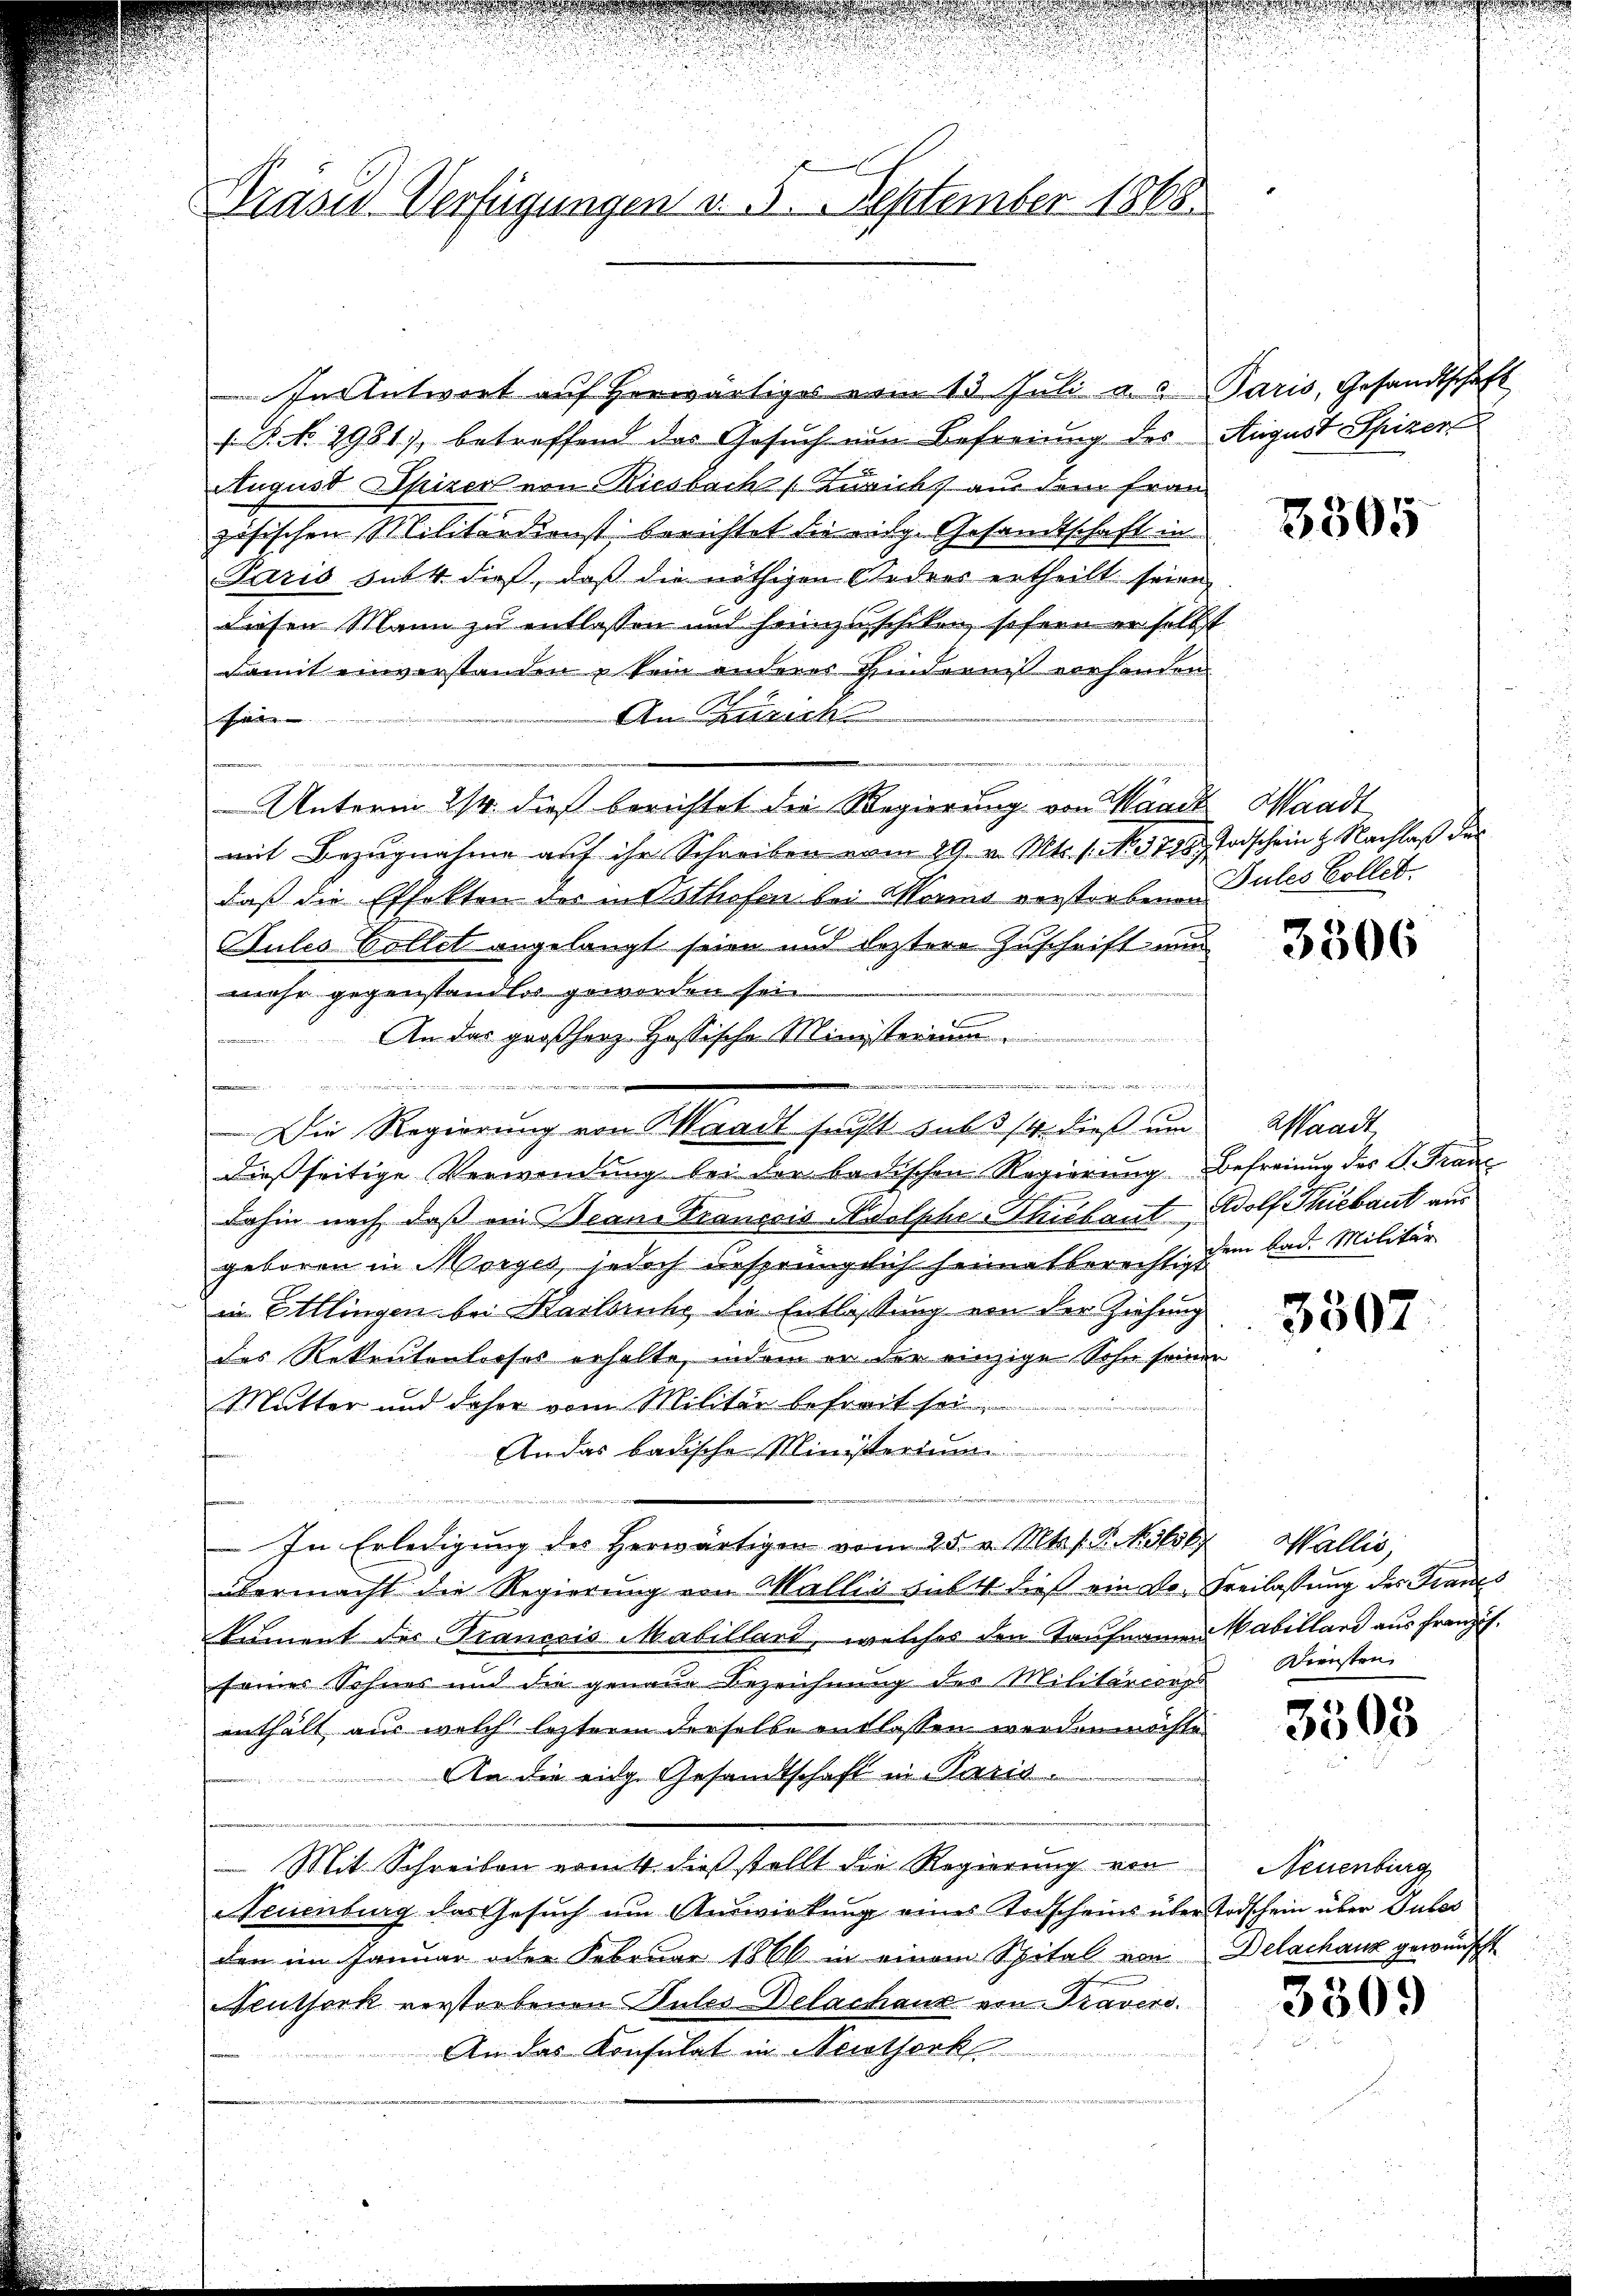
Prasis Verfügungen v. 5. September 1868

Die Regierung von Waadt sucht sub 14. dieß um

In Antwort auf herwärtiges vom 13. Juli u. Paris, Gesandtschaft
s P. No. 2981), betreffend das Gesuch von Befreiung des
August Spizer von Riesbach Zuricht aus dem Frau
zösischen Militärdienst berichtet die mitg. Gesandtschaft in
Paris sub 4 dieß, daß die nöthigen Gedres ertheilt seien,
diesen Mann zu entlassen und heimzuschiken, sofern er selbst
damit einverstanden u kein anderes Hinderniß vorhanden
An Zürich
F
Unterm 24. dieß berichtet die Regierung von Waadt, Waadt
mit Bezugnahme auf ihr Schreiben vom 29. v. Mts. s. No. 3728. Todschein H. Nachlaß der
daß die Effekten des in Osthofen bei Moris verstorbenen Pules Collet
Bules Collet angelangt seien und leztere Zuschrift und
mehr gegenstandlos geworden sein
An das großherz Hassische Ministerium
.
dießseitige Verwendung bei der badischen Regierung Befreiung des V. Traue
dahin nach daß ein Beans Francois Adolphe-Thibaut Wolf Thibaut aus
geboren in Morges, jedoch ursprünglich heimatberechtig im Bad. Militär
in Ettlingen bei Karlsruhe die Entlassung von der Ziehung
des Rekrutentrofes erhalte, indem er der einzige Sohn seiner
Mutter und daher vom Militär befreit sei
An das badische Ministerium
e
In Erledigung des herwärtigen vom 25. v. Mts. s. S. Kotof Wallis,
übermacht die Regierung von Wallis subt dieß ein Dr. Freilassung der Francs
kument des Traneris Mabillard, welches den Taufnamen
seines Sohnes und die genaue Bezeichnung des Militäriores Diensten
enthält aus welch lezteren derselbe entlassen werden möchte
An die eidg. Gesandtschaft in Paris
Mit Schreiben ernst dieß stellt die Regierung von
Neuenburg das Gesuch um Auswirkung eines Todscheins über Todschein über Pules
den im Januar oder Februar 1866 in einem Spital von Delachanz gewünscht
Neuthork verstorbenen Pules Delachanz von Pravers.
An das Konsulat in Neutserk

August Spizer

3505

3506

Waadt

3507

Mabellard aus Franzis

3508

Neuenburg

3509